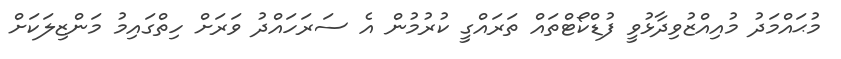
މުޙައްމަދު މުއިއްޒުވިދާޅުވީ ފުޑްކޯޓްތައް ތަރައްގީ ކުރުމުން އެ ސަރަހައްދު ވަރަށް ހިތްގައިމު މަންޒިލަކަށް